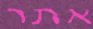
אתר